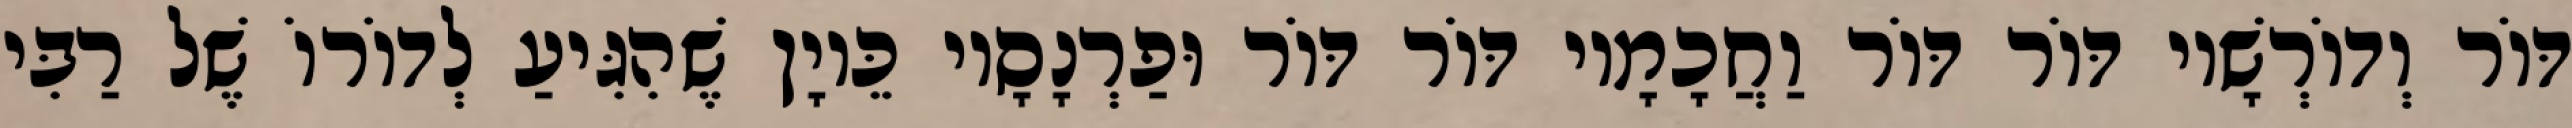
דּוֹר וְדוֹרְשָׁיו דּוֹר דּוֹר וַחֲכָמָיו דּוֹר דּוֹר וּפַרְנָסָיו כֵּיוָן שֶׁהִגִּיעַ לְדוֹרוֹ שֶׁל רַבִּי